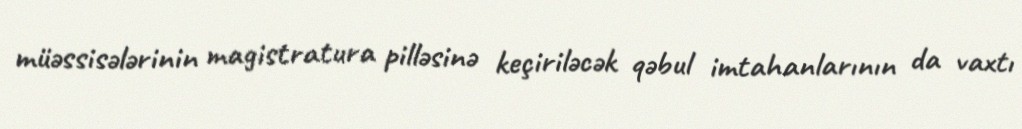
müəssisələrinin magistratura pilləsinə keçiriləcək qəbul imtahanlarının da vaxtı